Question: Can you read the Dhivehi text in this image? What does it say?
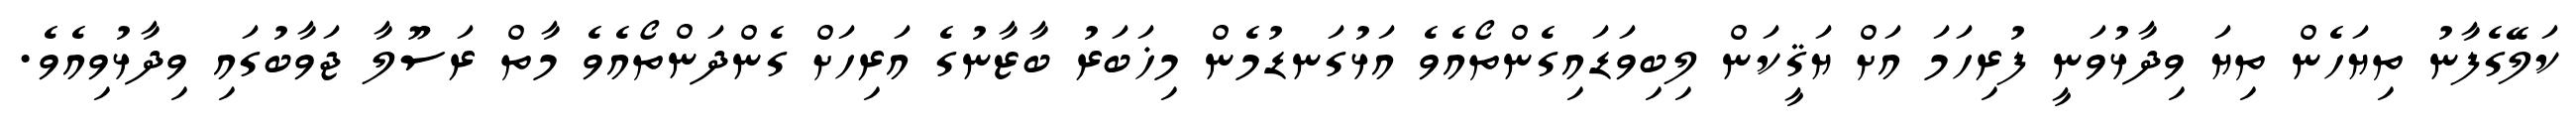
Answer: ކަލޭގެފާނު ތިޔަހެން ތިޔަ ވިދާޅުވަނީ ފުރިހަމަ އަށް ޔަޤީކަން ލިބިވަޑައިގެންތޯއެވެ އަޅުގަނޑުމެން މިޚަބަރު ބާޒާނުގެ އަރިހަށް ގެންދަންތޯއެވެ މާތް ރަސޫލާ ޖަވާބުގައި ވިދާޅުވިއެވެ.